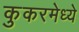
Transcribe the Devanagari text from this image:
कुकरमेध्ये